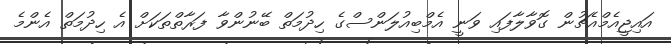
އައިޖީއެމްއެޗުން ގޮވާލާފައި ވަނީ އެމްބިއުލަންސްގެ ހިދުމަތް ބޭނުންވާ ފަރާތްތަކަށް އެ ހިދުމަތް އެންމެ